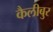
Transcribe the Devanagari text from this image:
कैलीबुर